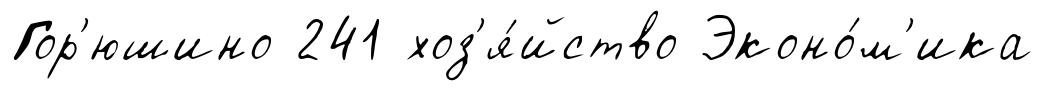
Гор'юшино 241 хоз'я́йство Эконо́м'ика